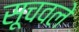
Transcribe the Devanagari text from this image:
सूचवले